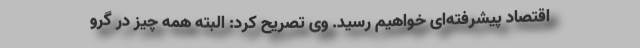
اقتصاد پیشرفته‌ای خواهیم رسید. وی تصریح کرد: البته همه چیز در گرو